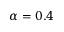
\alpha = 0 . 4